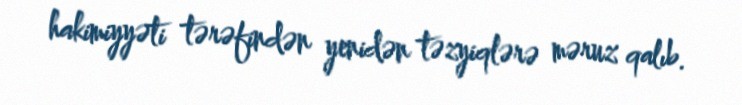
hakimiyyəti tərəfindən yenidən təzyiqlərə məruz qalıb.